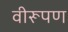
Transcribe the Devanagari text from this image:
वीरूपण